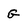
Character: G